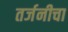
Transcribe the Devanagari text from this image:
तर्जनीचा